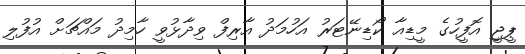
ޕީޖީ އޮފީހުގެ މީޑިއާ ކޯޑިނޭޓަރު އަހުމަދު އާރިފް ވިދާޅުވީ ހާމިދު މައްޗަށް އުފުލި